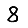
Digit: 8